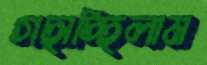
গছাচ্ছিলাম